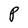
Character: P